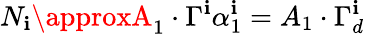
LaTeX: N_{\mathbf{i}}\approxA_{1}\cdot\Gamma^{\mathbf{i}}\alpha_{1}^{\mathbf{i}}=A_{1}\cdot\Gamma_{d}^{\mathbf{i}}